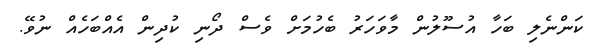
ކަންނެލި ބަހާ އުސޫލުން މާވަހަރު ބެހުމަށް ވެސް ދޯނި ކުދިން އެއްބަހެއް ނުވޭ.